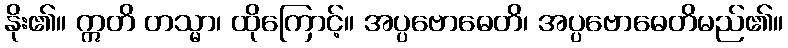
နိုး၏။ ဣတိ တသ္မာ၊ ထိုကြောင့်။ အပ္ပဗောဓေတိ၊ အပ္ပဗောဓေတိမည်၏။